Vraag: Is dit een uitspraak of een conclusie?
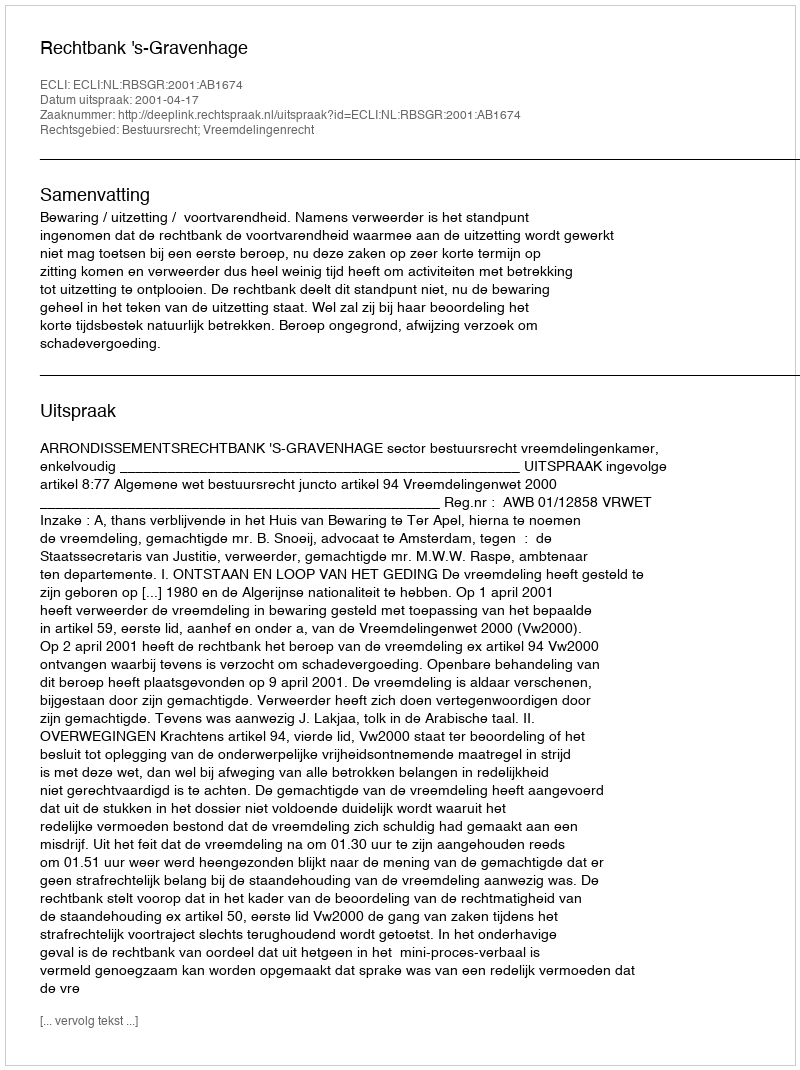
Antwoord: Uitspraak